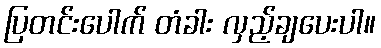
ပြတင်းပေါက် တံခါး လှည့်ချပေးပါ။